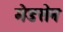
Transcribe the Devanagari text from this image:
मेडसेन